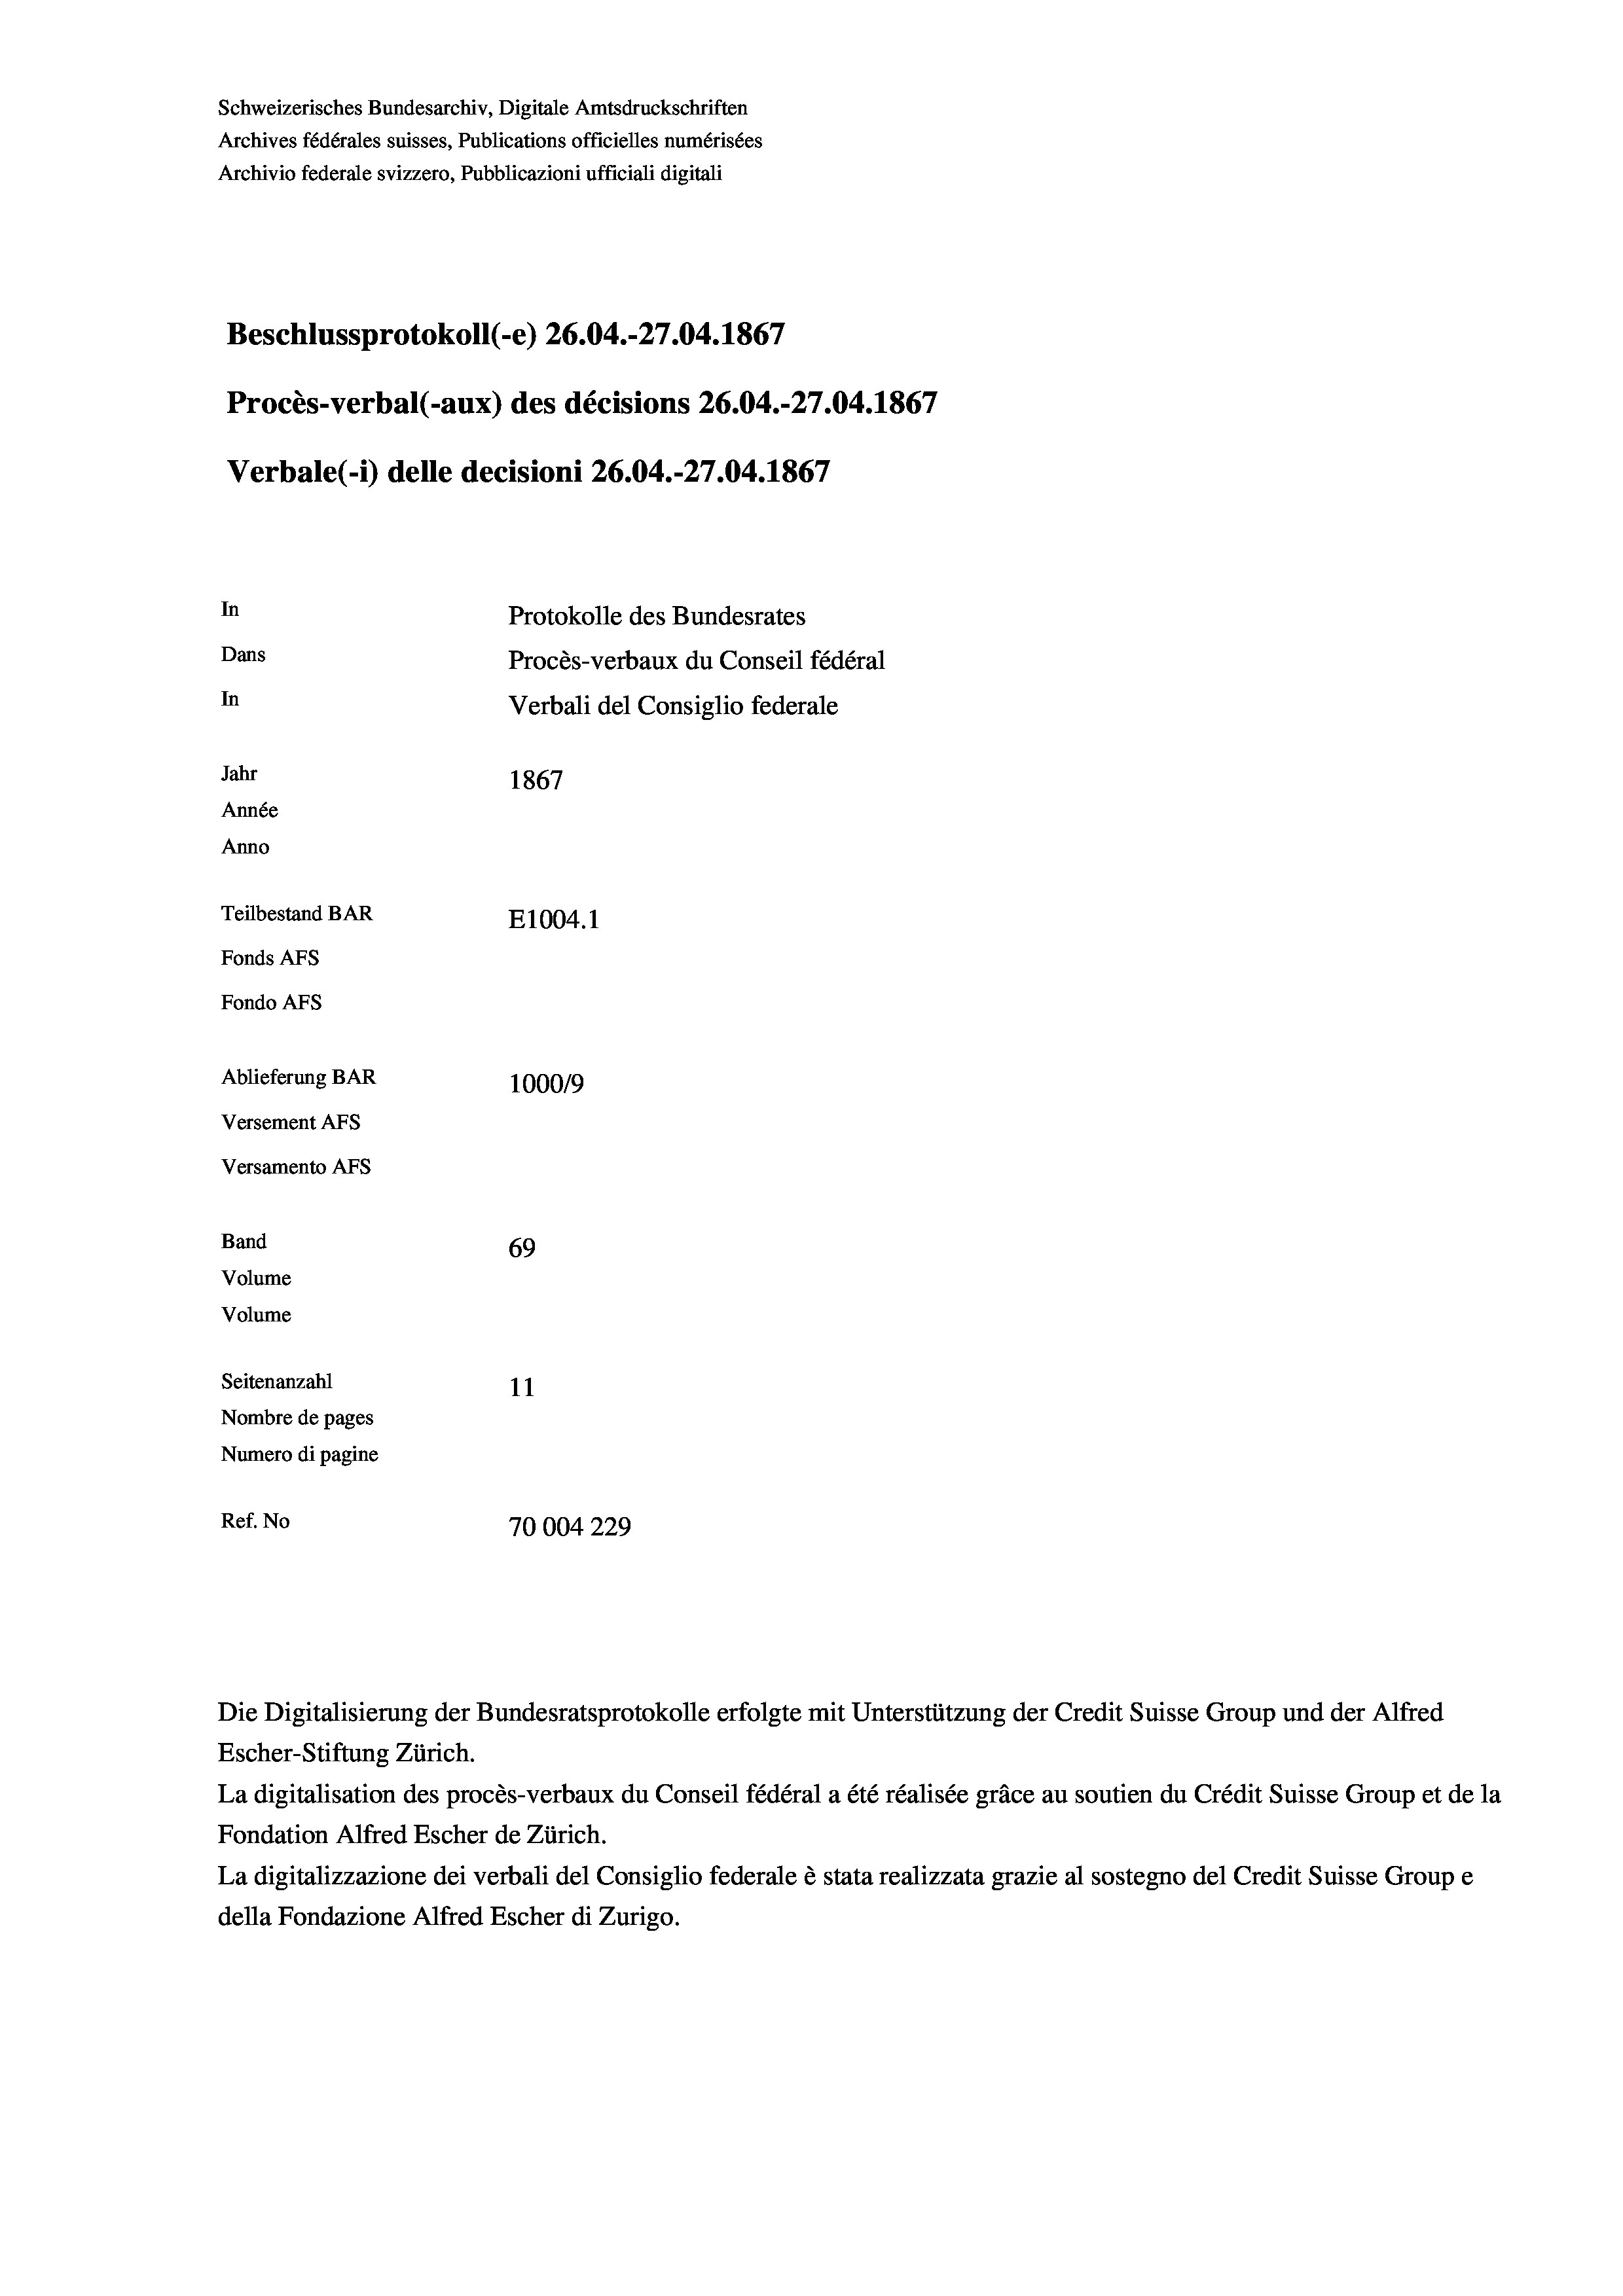
Schweizerisches Bundesarchiv, Digitale Amtsdruckschriften
Archives fédérales suisses, Publications officielles numérisées
Beschlussprotokoll (-e) 26.04.-27.04. 1867
Procès-verbal (-aux) des décisions 26.04.-27.04. 1867
In
Protokolle des Bundesrates
Dans
Procès-verbaux du Conseil fédéral
In
Verbali del Consiglio federale
Jahr
1867
Année
Anno
Teilbestand BAR
E1004. 1
Fonds AFs
Fondo Afs

Ablieferung BAR
Versement AFs
Versamento Afs
Band
Volume
Volume

Archivio federale svizzero, Pubblicazioni ufficiali digitali

Verbale (i) delle decisioni 26.04.-27.04. 1867

100019
69
Seitenanzahl
11
Nombre de pages
Numero di pagine
Ref. No
70004 229

Escher-Stiftung Zürich.
La digitalisation des procès-verbaux du Conseil fédéral a été réalisée gräce au soutien du Crédit Suisse Group et de la
Fondation Alfred Escher de Zürich.
La digitalizzazione dei verbali del Consiglio federale è stata realizzata grazie al sostegno del Credit Suisse Groupe
della Fondazione Alfred Escher di Zurigo.

Die Digitalisierung der Bundesratsprotokolle erfolgte mit Unterstützung der Credit Suisse Group und der Alfred